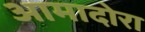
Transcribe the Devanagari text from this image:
आमादोरा